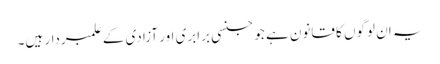
یہ ان لوگوں کا قانون ہے جو جنسی برابری اور آزادی کے علمبردار ہیں۔